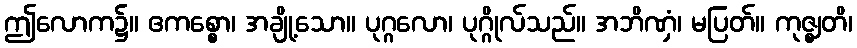
ဤလောက၌။ ဧကစ္စော၊ အချို့သော။ ပုဂ္ဂလော၊ ပုဂ္ဂိုလ်သည်။ အဘိဏှံ၊ မပြတ်။ ကုဇ္ဈတိ၊